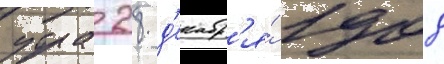
утра 28 д'екабр'я́ 1908